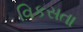
વિકસતા